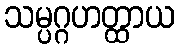
သမ္ပဂ္ဂဟတ္ထာယ